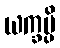
ယက္ခမ္ပိ